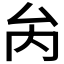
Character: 𠫣